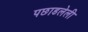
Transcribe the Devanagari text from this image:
पछाडलेली